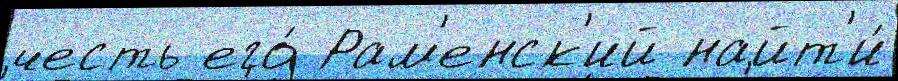
честь его́ Рам'енск'ий найт'и́